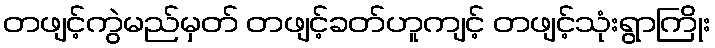
တဖျင့်ကွဲမည်မှတ် တဖျင့်ခတ်ဟူကျင့် တဖျင့်သုံးရွာကြိုး